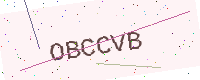
Text: OBCCVB